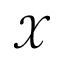
\mathcal { X }